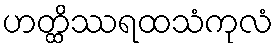
ဟတ္ထိဿရထသံကုလံ